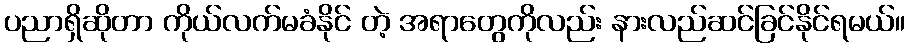
ပညာရှိဆိုတာ ကိုယ်လက်မခံနိုင် တဲ့ အရာတွေကိုလည်း နားလည်ဆင်ခြင်နိုင်ရမယ်။